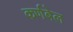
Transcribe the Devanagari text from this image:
कर्णबेल